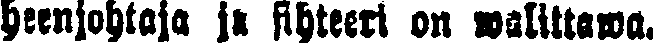
heenjohtaja ja sihteeri on walittawa.